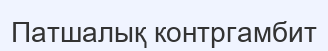
Патшалық контргамбит